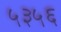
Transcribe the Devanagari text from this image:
५३५६